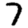
Digit: 7